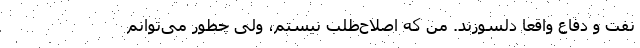
نفت و دفاع واقعا دلسوزند. من که اصلاح‌طلب نیستم، ولی چطور می‌توانم